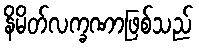
နိမိတ်လက္ခဏာဖြစ်သည်